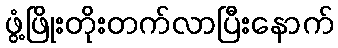
ဖွံ့ဖြိုးတိုးတက်လာပြီးနောက်